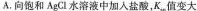
A.向饱和AgCl水溶液中加入盐酸，K，值变大